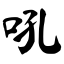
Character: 吼